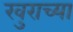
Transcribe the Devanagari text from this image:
खुराच्या